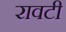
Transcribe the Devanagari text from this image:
रावटी